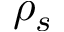
\rho _ { s }